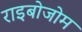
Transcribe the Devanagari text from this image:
राइबोजोम